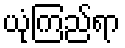
ယုံကြည်ရာ